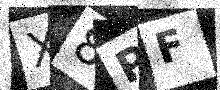
Text: X8PF